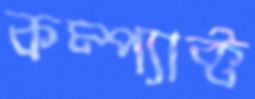
কম্প্যাক্ট